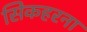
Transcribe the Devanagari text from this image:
सिकहरना